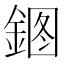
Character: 𰼹